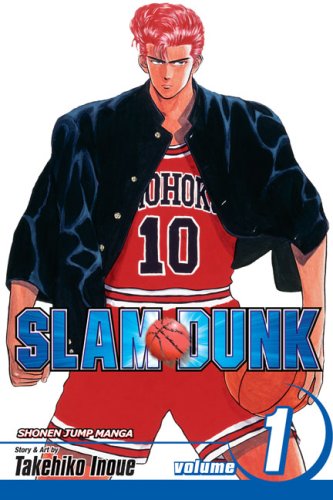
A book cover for Slam Dunk, Vol. 1; Takehiko Inoue; Comics & Graphic Novels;